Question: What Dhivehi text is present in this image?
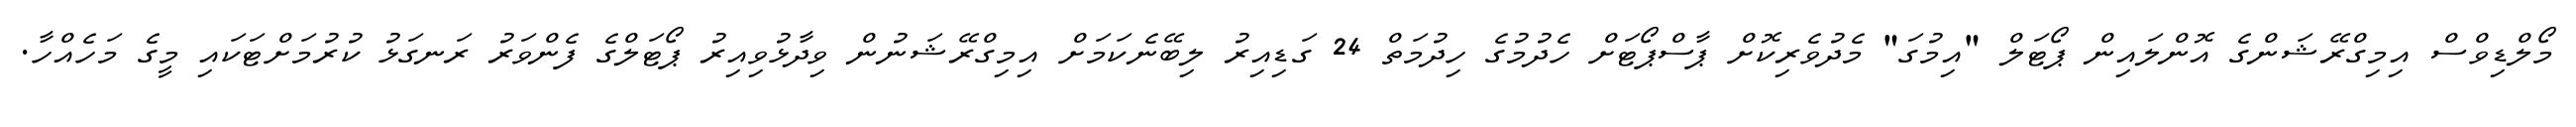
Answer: މޯލްޑިވްސް އިމިގްރޭޝަންގެ އޮންލައިން ޕޯޓަލް "އިމުގަ" މެދުވެރިކޮށް ޕާސްޕޯޓަށް ހެދުމުގެ ހިދުމަތް 24 ގަޑިއިރު ލިބޭނެކަމަށް އިމިގްރޭޝަނުން ވިދާޅުވިއިރު ޕޯޓަލްގެ ފެންވަރު ރަނގަޅު ކުރުމަށްޓަކައި މީގެ މަހެއްހާ.